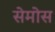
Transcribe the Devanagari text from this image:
सेमोस